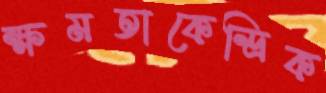
ক্ষমতাকেন্দ্রিক